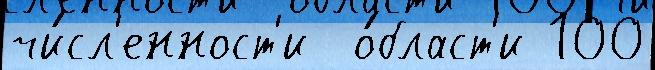
чи́сл'енност'и  о́бласт'и 100